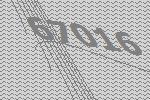
67016